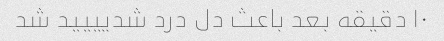
۱۰ دقیقه بعد باعث دل درد شدیییید شد